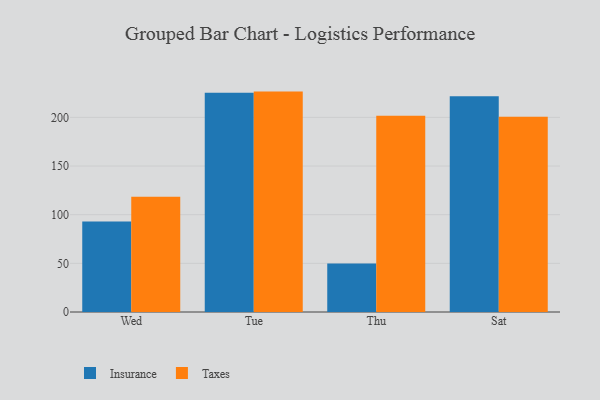
{"axis": {"x": "Day", "y": "Conversion Rate (%)"}, "legend": ["Insurance", "Taxes"], "data": [{"x": "Wed", "y": 93.0, "type": "Insurance"}, {"x": "Wed", "y": 118.4, "type": "Taxes"}, {"x": "Tue", "y": 225.4, "type": "Insurance"}, {"x": "Tue", "y": 226.5, "type": "Taxes"}, {"x": "Thu", "y": 49.9, "type": "Insurance"}, {"x": "Thu", "y": 201.8, "type": "Taxes"}, {"x": "Sat", "y": 221.6, "type": "Insurance"}, {"x": "Sat", "y": 200.6, "type": "Taxes"}]}